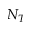
N _ { T }